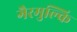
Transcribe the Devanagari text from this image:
गैरमुल्कि